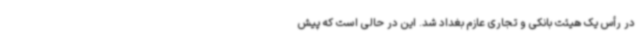
در رأس یک هیئت بانکی و تجاری عازم بغداد شد. این در حالی است که پیش